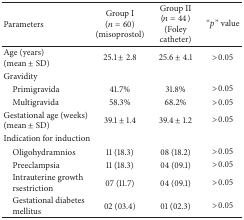
<table><thead><tr><td><b>Parameters</b></td><td><b>Group I (<i>n</i> = 60) (misoprostol)</b></td><td><b>Group II (<i>n</i> = 44) (Foley catheter)</b></td><td><b> “<i>p</i>” value</b></td></tr></thead><tbody><tr><td> Age (years)(mean ± SD)</td><td>25.1 ± 2.8</td><td>25.6 ± 4.1</td><td>&gt;0.05</td></tr><tr><td>Gravidity</td><td>[EMPTY_CELL]</td><td>[EMPTY_CELL]</td><td>[EMPTY_CELL]</td></tr><tr><td> Primigravida</td><td>41.7%</td><td>31.8%</td><td>&gt;0.05</td></tr><tr><td> Multigravida</td><td>58.3%</td><td>68.2%</td><td>&gt;0.05</td></tr><tr><td>Gestational age (weeks) (mean ± SD)</td><td>39.1 ± 1.4</td><td>39.4 ± 1.2</td><td>&gt;0.05</td></tr><tr><td>Indication for induction</td><td>[EMPTY_CELL]</td><td>[EMPTY_CELL]</td><td>[EMPTY_CELL]</td></tr><tr><td> Oligohydramnios</td><td>11 (18.3)</td><td>08 (18.2)</td><td>&gt;0.05</td></tr><tr><td> Preeclampsia</td><td>11 (18.3)</td><td>04 (09.1)</td><td>&gt;0.05</td></tr><tr><td> Intrauterine growth rsestriction</td><td>07 (11.7)</td><td>04 (09.1)</td><td>&gt;0.05</td></tr><tr><td> Gestational diabetes mellitus</td><td>02 (03.4)</td><td>01 (02.3)</td><td>&gt;0.05</td></tr></tbody></table>